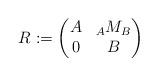
LaTeX: \begin{align*}R:=\begin{pmatrix} A & {_AM_B} \\0 & B\end{pmatrix}\end{align*}